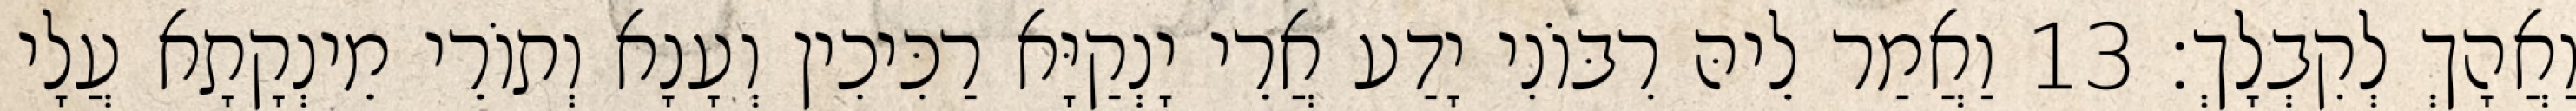
וַאֲהָךְ לְקִבְלָךְ׃ 13 וַאֲמַר לֵיהּ רִבּוֹנִי יָדַע אֲרֵי יָנְקַיָּא רַכִּיכִין וְעָנָא וְתוֹרֵי מֵינְקָתָא עֲלָי